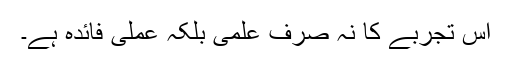
اس تجربے کا نہ صرف علمی بلکہ عملی فائدہ ہے۔